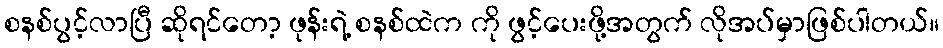
စနစ်ပွင့်လာပြီ ဆိုရင်တော့ ဖုန်းရဲ့ စနစ်ထဲက ကို ဖွင့်ပေးဖို့အတွက် လိုအပ်မှာဖြစ်ပါတယ်။